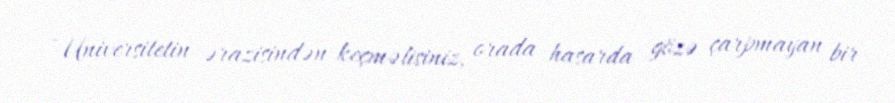
- Universitetin ərazisindən keçməlisiniz, orada hasarda gözə çarpmayan bir